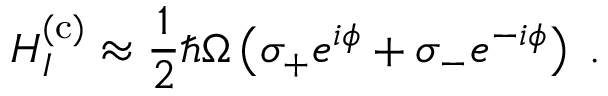
H _ { I } ^ { ( \mathrm { c ) } } \approx \frac { 1 } { 2 } \hbar \Omega \left( \sigma _ { + } e ^ { i \phi } + \sigma _ { - } e ^ { - i \phi } \right) \; .